Leprosy in India: report of the Leprosy Commission in India, 1890-91
Year: 1890
Disease focus: Leprosy
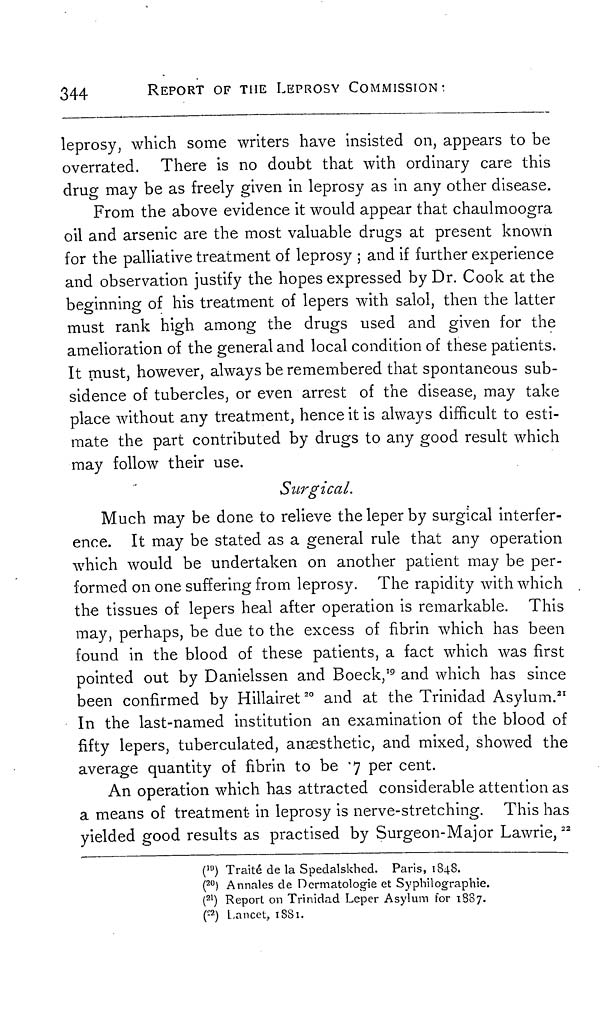
344
REPORT OF THE LEPROSY COMMISSION :
leprosy, which some writers have insisted on, appears to be
overrated. There is no doubt that with ordinary care this
drug may be as freely given in leprosy as in any other disease.
From the above evidence it would appear that chaulmoogra
oil and arsenic are the most valuable drugs at present known
for the palliative treatment of leprosy ; and if further experience
and observation justify the hopes expressed by Dr. Cook at the
beginning of his treatment of lepers with salol, then the latter
must rank high among the drugs used and given for the
amelioration of the general and local condition of these patients.
It must, however, always be remembered that spontaneous sub-
sidence of tubercles, or even arrest of the disease, may take
place without any treatment, hence it is always difficult to esti-
mate the part contributed by drugs to any good result which
may follow their use.
Surgical.
Much may be done to relieve the leper by surgical interfer-
ence. It may be stated as a general rule that any operation
which would be undertaken on another patient may be per-
formed on one suffering from leprosy. The rapidity with which
the tissues of lepers heal after operation is remarkable. This
may, perhaps, be due to the excess of fibrin which has been
found in the blood of these patients, a fact which was first
pointed out by Danielssen and Boeck, 19 and which has since
been confirmed by Hillairet 20 and at the Trinidad Asylum. 21
In the last-named institution an examination of the blood of
fifty lepers, tuberculated, anaesthetic, and mixed, showed the
average quantity of fibrin to be .7 per cent.
An operation which has attracted considerable attention as
a means of treatment in leprosy is nerve-stretching. This has
yielded good results as practised by Surgeon-Major Lawrie, 22
( 19 ) Traité de la Spedalskhed. Paris, 1848.
( 20 ) Annales de Dermatologie et Syphilographie.
( 21 ) Report on Trinidad Leper Asylum for 1887.
( 22 ) Lancet, 1881.